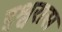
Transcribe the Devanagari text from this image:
इश्वरास